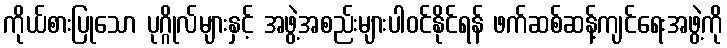
ကိုယ်စားပြုသော ပုဂ္ဂိုလ်များနှင့် အဖွဲ့အစည်းများပါဝင်နိုင်ရန် ဖက်ဆစ်ဆန့်ကျင်ရေးအဖွဲ့ကို